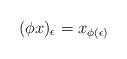
LaTeX: \begin{align*}(\phi x)_\epsilon = x_{\phi(\epsilon)}\end{align*}